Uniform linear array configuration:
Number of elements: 48
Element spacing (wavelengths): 0.25
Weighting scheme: hamming
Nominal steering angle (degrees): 45
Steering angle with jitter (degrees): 44.951
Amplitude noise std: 0.05
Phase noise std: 0.05

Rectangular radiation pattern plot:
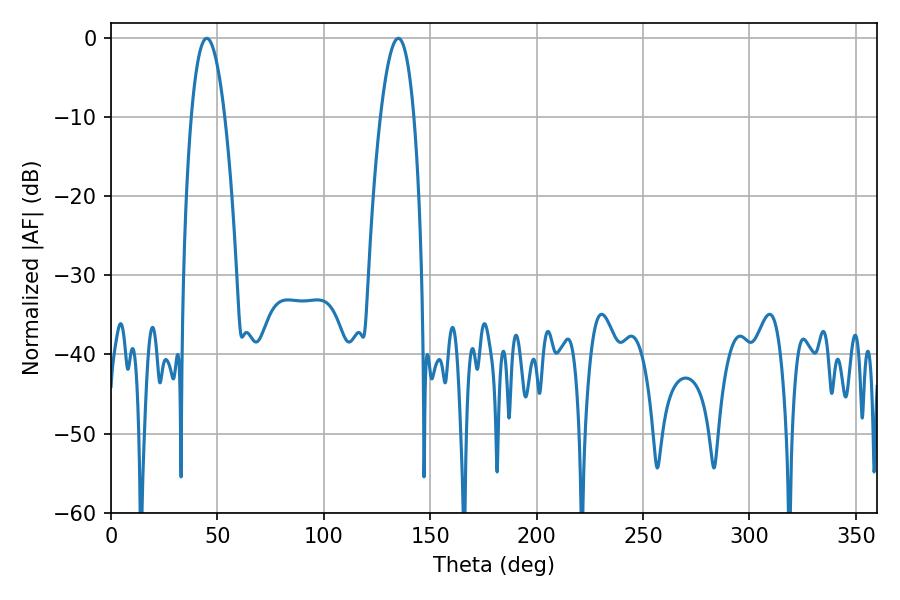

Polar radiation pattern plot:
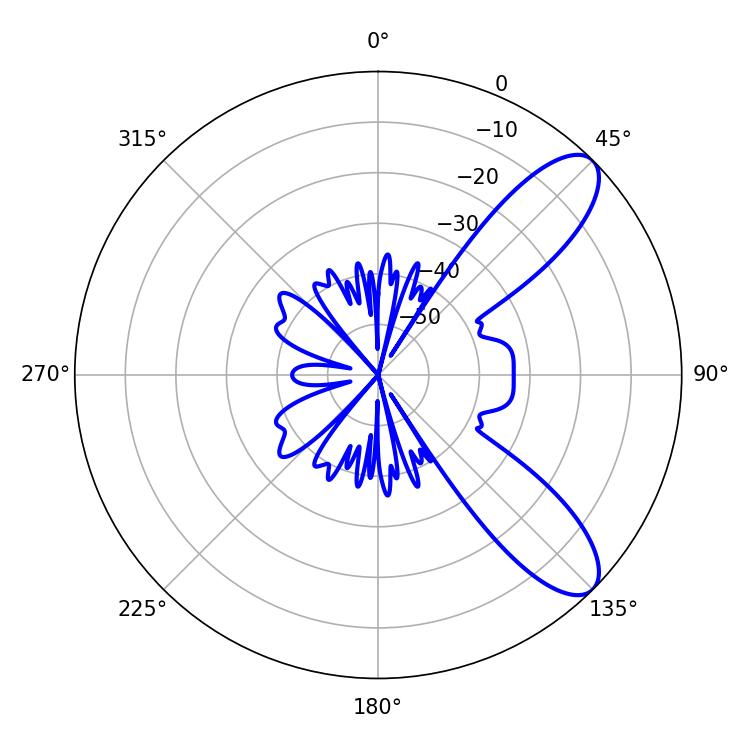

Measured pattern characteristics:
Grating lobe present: FALSE
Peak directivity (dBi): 9.368
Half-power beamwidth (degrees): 8.64
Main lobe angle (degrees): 135